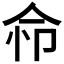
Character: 𢘈